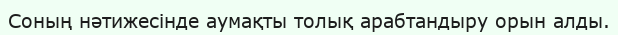
Соның нәтижесінде аумақты толық арабтандыру орын алды.